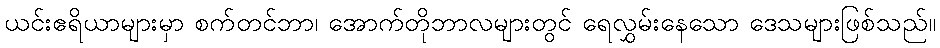
ယင်းဧရိယာများမှာ စက်တင်ဘာ၊ အောက်တိုဘာလများတွင် ရေလွှမ်းနေသော ဒေသများဖြစ်သည်။